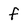
Character: f